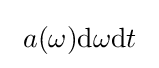
~a(\omega ){\rm {d}}\omega {\rm {d}}t~